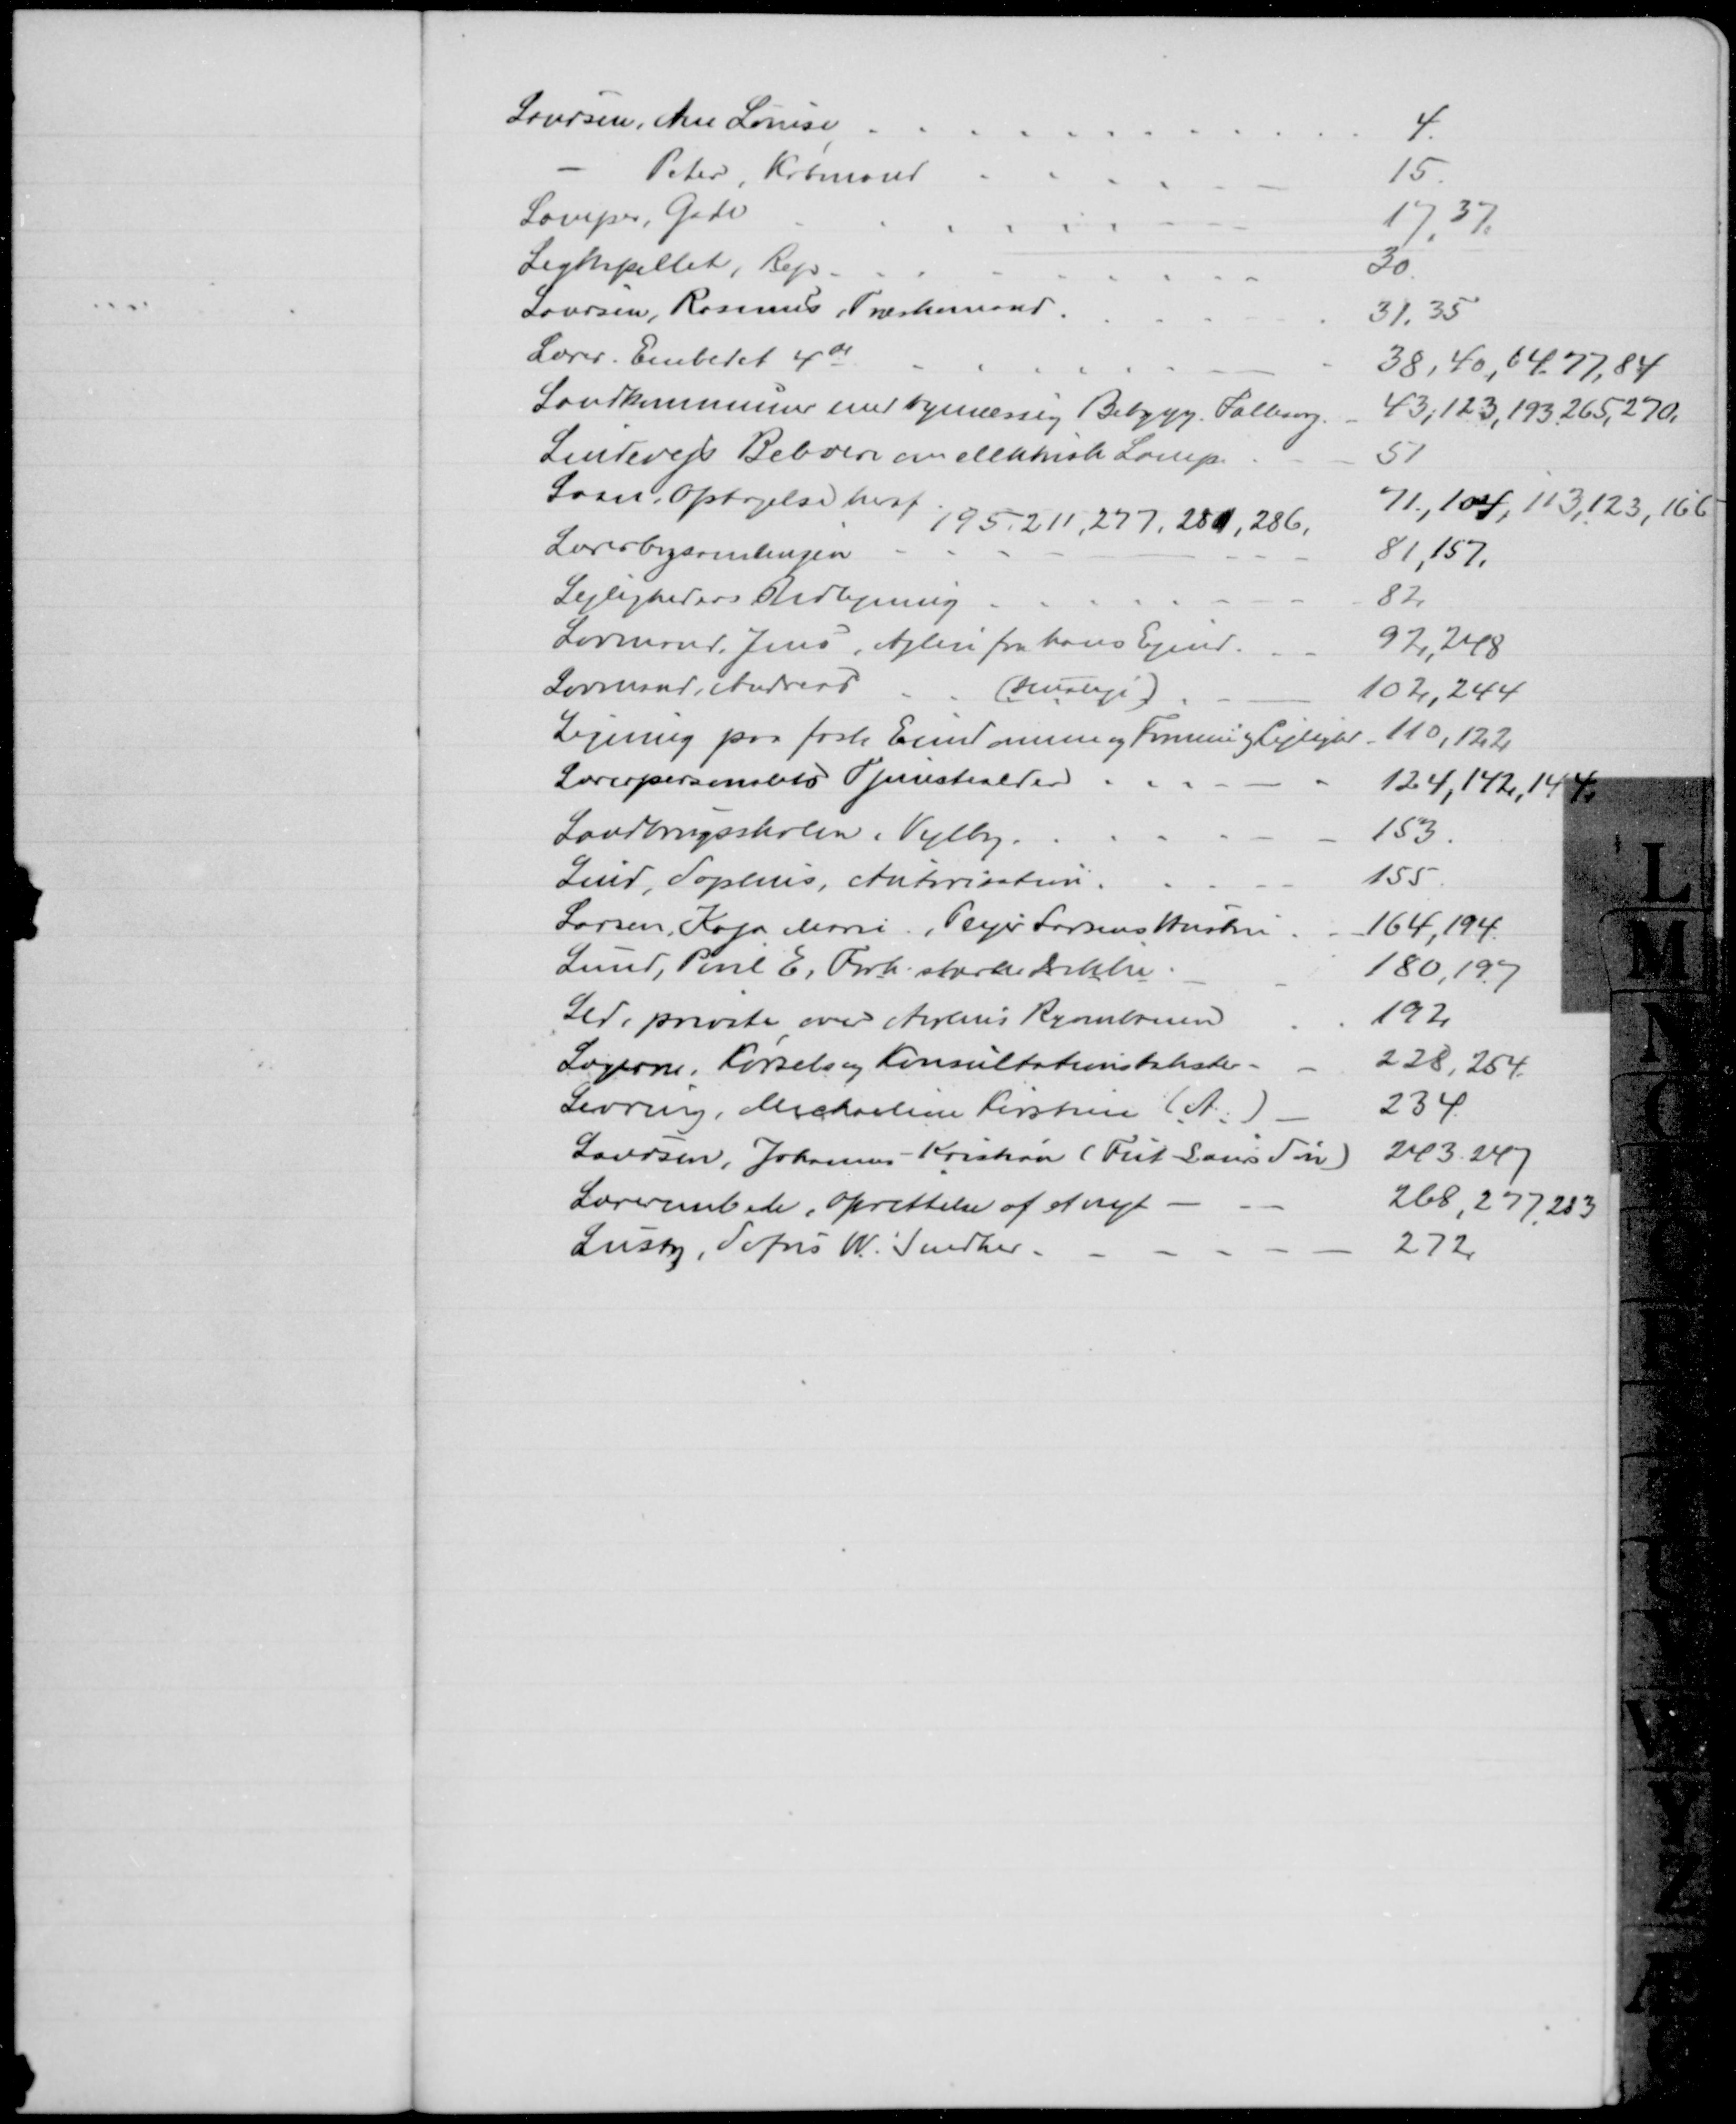
Transskription:
Laursen, Ane Louise
4
Peter, Købmand
15
Lamper, Gade
17, 37
Ligkapellet, Rep
30
Laursen, Rasmus, Træskomand
31, 35
Lærer. Embedet 4de
38, 40, 64, 77, 84
Landkommuner med bymæssig Bebygg. Fællesorg.
43,123, 193,265, 270,
Lindevejs Beboere om elektrisk Lamp.
51
Laan, Optagelse heraf 
71, 104, 113,123, 166
195, 211, 277, 281, 286,
Lærerbogsamlingen
81,157,
Lejligheders Udbygning
82
Lovmand Jens, Ajlen fra hans Ejend.
92, 248
Lovmand, Andreas
(Husleje)
102, 244
Ligning paa fast Ejendomme og Formue og Lejlighed
110,122
Lærerpersonalets Tjenestealder
124,142, 144
Landbrugsskolen i Vejlby
153
Lind, Sophus, Autorisation
155
Larsen, Kaja Marie, Plejer Larsens Hustru
164,194.
Lund, Poul E, Forh. stærke Drikke
180,197
Led, private over Aarhus Ryombanen
192
Lægerne. Kørsels og Konsultationstakster
228, 254.
Levring, Michaeline Kirstine (A.)
234
Laursen, Johannes Kristian (Fut Laurs Søn)
243. 247
Lærerembede, Oprettelse af et nyt
268, 277, 283
Lusty, Sofus W. Snedker
272